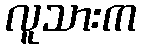
လူသားက